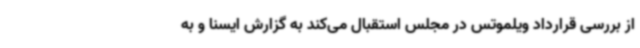
از بررسی قرارداد ویلموتس در مجلس استقبال می‌کند به گزارش ایسنا و به